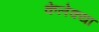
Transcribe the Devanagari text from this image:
केलेक्या